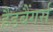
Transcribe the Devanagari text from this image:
हैडबैंगर्स